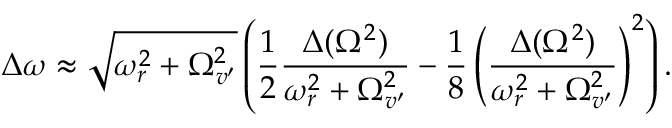
\Delta \omega \approx \sqrt { \omega _ { r } ^ { 2 } + \Omega _ { v ^ { \prime } } ^ { 2 } } \left( \frac { 1 } { 2 } \frac { \Delta ( \Omega ^ { 2 } ) } { \omega _ { r } ^ { 2 } + \Omega _ { v ^ { \prime } } ^ { 2 } } - \frac { 1 } { 8 } \left( \frac { \Delta ( \Omega ^ { 2 } ) } { \omega _ { r } ^ { 2 } + \Omega _ { v ^ { \prime } } ^ { 2 } } \right) ^ { 2 } \right) .